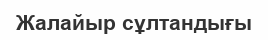
Жалайыр сұлтандығы